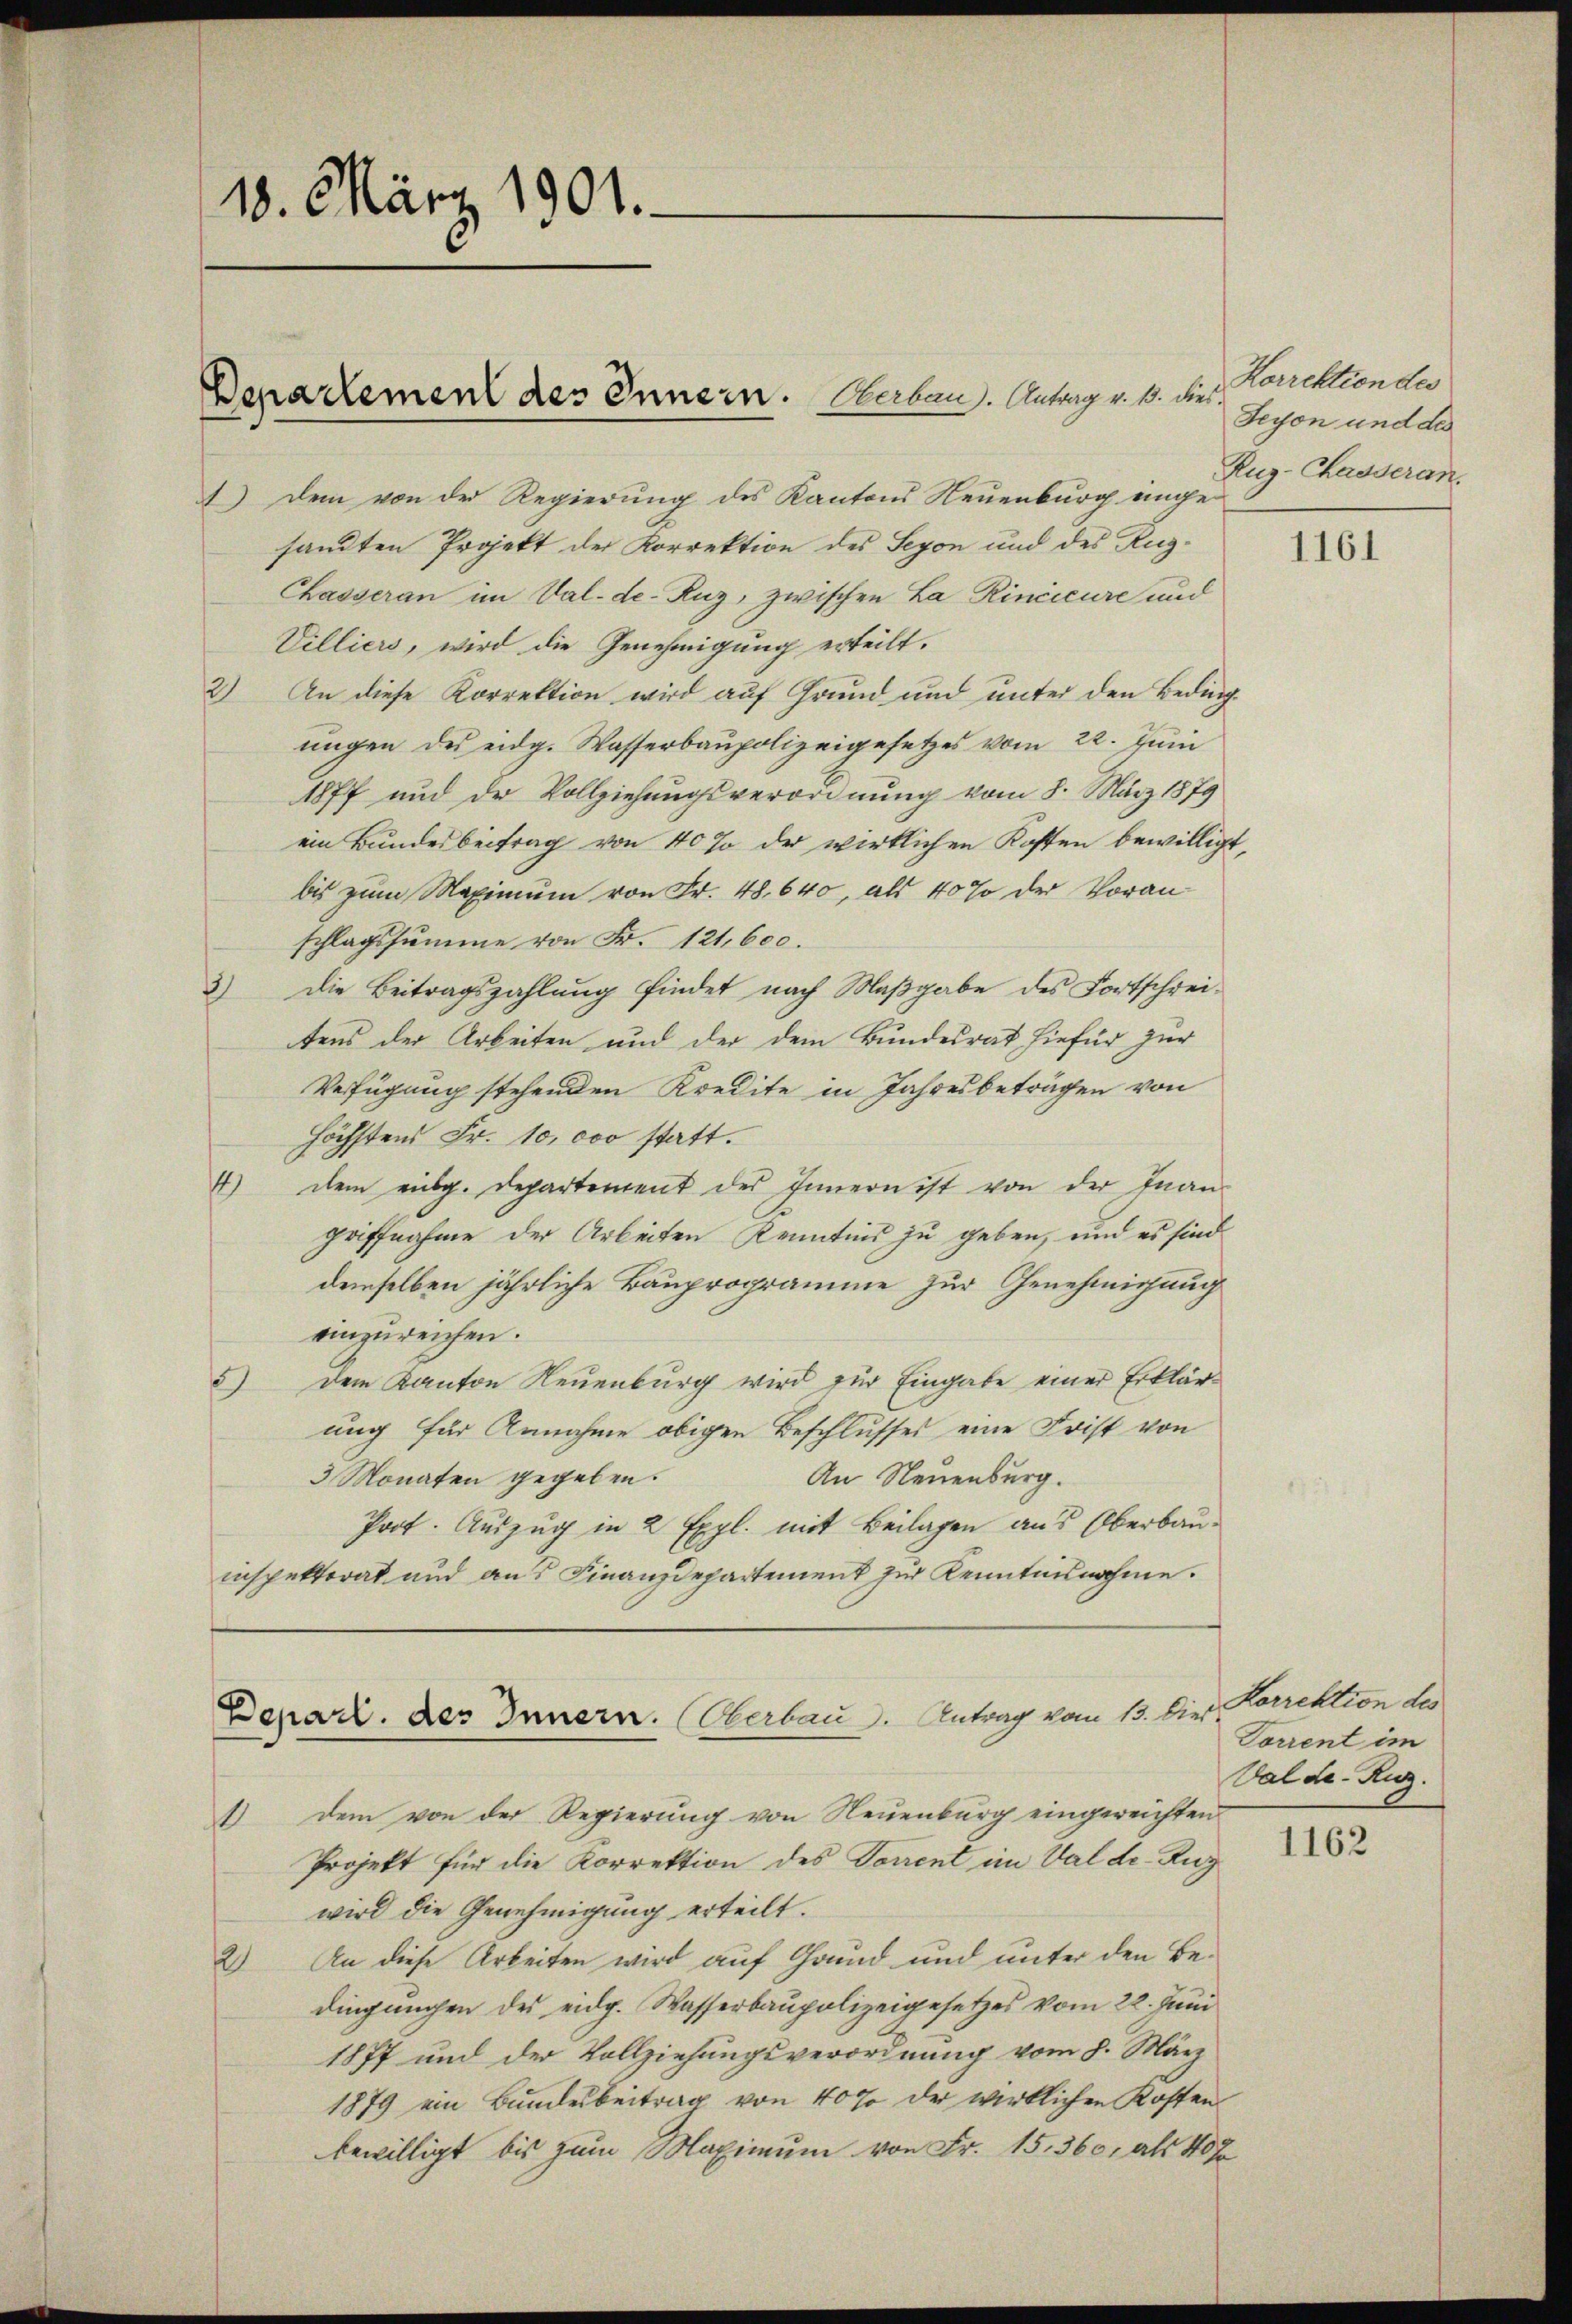
18. März 1901.-

) Dem von der Regierung des Kantons Neuenburg einge-
sandten Projekt der Korrektion des Seyon und des Rug¬
Chasseran im Val-de-Ruz, zwischen La Rincicure und
Villiers, wird die Genehmigung erteilt.
2) An diese Korrektion wird auf Grund und unter den Beding-
ungen des eidg. Wasserbaupolizeigesetzes vom 22. Juni
1877 und der Vollziehungsverordnung vom 8. März 1879
ein Bundesbeitrag von 40% der wirklichen Kosten bewilligt,
bis zum Maximum von Fr. 48. 640, als 40% der Voranschlagssumme von Fr. 121,600.
3) Die Beitragszahlung findet nach Maßgabe des Fortschrei-
tens der Arbeiten und der dem Bundesrat hiefür zur
Verfügung stehenden Kredite in Jahresbeträgen von
höchstens Fr. 10,000 statt.
4) dem eidg. Departement des Innern ist von der Inan
griffnahme der Arbeiten Kenntnis zu geben, und es sind
demselben jährliche Bauprogramme zur Genehmigung
einzureichen.
5) dem Kanton Neuenburg wird zur Eingabe einer Erklärung für Annahme obigen Beschlusses eine Frist von
3 Monaten gegeben.
An Neuenburg.
Prot. Auszug in 2 Expl. mit Beilagen aus Oberbauinspektorat und aus Finanzdepartement zur Kenntnisnahme.

Departement des Innern. Herben. Antrag v. 1. dies¬

Depart. des Innern. Herbau. Antrag vom 13. Dies

Korrektion des
Seyon und des
Ruz-Chasseran.

dem von der Regierung von Neuenburg eingereichten
1
Projekt für die Korrektion des Torrent im Val de Rug
wird die Genehmigung erteilt.
2.) An diese Arbeiten wird auf Grund und unter den Bedingungen des eidg. Wasserbaupolizeigesetzes vom 22. Juni
1877 und der Vollziehungsverordnung vom 8. März
1879 ein Bundesbeitrag von 40% der wirklichen Kosten
bewilligt bis zum Maximum von Fr. 15. 360, als 40 Ja

1161

Korrektion des
Torrent im
Val de-Ruz.

1162